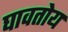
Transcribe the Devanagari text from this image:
घावतोय